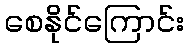
စေနိုင်ကြောင်း